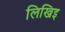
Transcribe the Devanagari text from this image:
लिखिइ